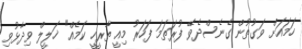
ހަމައަށް ވަގުތުން ގެނެސްދެވޭ ފުރަތަމަ ފަހަރު މިއީ ތާރީހީ ކަމެއް" ޚަލީލް ވިދާޅުވި